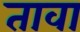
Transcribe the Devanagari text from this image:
तावा